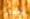
إفعلوا